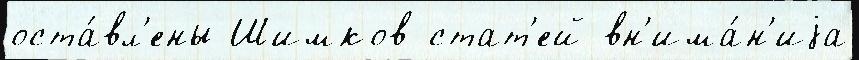
оста́вл'ены Шимков стат'ей вн'има́н'иjа